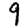
Digit: 9